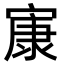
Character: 㝩